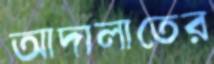
আদালাতের